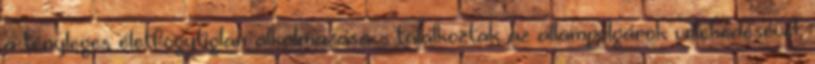
a tényleges életfogytiglan alkalmazása - találkoztak az állampolgárok vélekedésével,